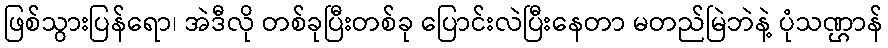
ဖြစ်သွားပြန်ရော၊ အဲဒီလို တစ်ခုပြီးတစ်ခု ပြောင်းလဲပြီးနေတာ မတည်မြဲဘဲနဲ့ ပုံသဏ္ဌာန်